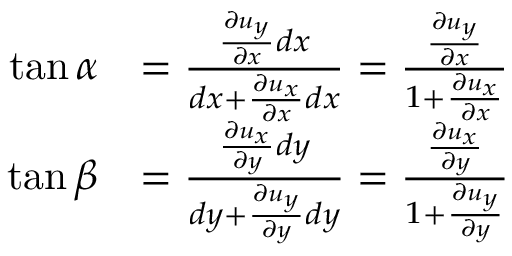
{ \begin{array} { r l } { \tan \alpha } & { = { \frac { { \frac { \partial u _ { y } } { \partial x } } d x } { d x + { \frac { \partial u _ { x } } { \partial x } } d x } } = { \frac { \frac { \partial u _ { y } } { \partial x } } { 1 + { \frac { \partial u _ { x } } { \partial x } } } } } \\ { \tan \beta } & { = { \frac { { \frac { \partial u _ { x } } { \partial y } } d y } { d y + { \frac { \partial u _ { y } } { \partial y } } d y } } = { \frac { \frac { \partial u _ { x } } { \partial y } } { 1 + { \frac { \partial u _ { y } } { \partial y } } } } } \end{array} }